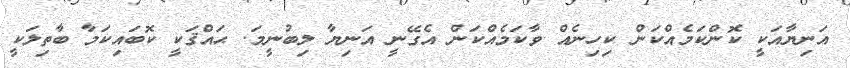
އަނިޔާއަކީ ކޮންކަމެއްކަން ކިހިނެއް ވާކަމެއްކަން އެގޭނީ އަނިޔާ ލިބުނީމަ. ޙައްްޤަކީ ކޮބައިކަމާ ބާތިލަކީ